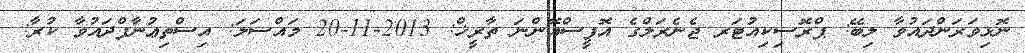
ނޮޅިވަރަންދައުވާ ލިބޭ: ޕްރޮސިކިއުޓަރ ޖެނެރަލްގެ އޮފީސްއޮންނަ ތާރީޚް: 2013-11-20 މައްސަލަ: އިސްތިޢުނާފްދައުވާ ކުރާ: